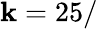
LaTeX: \mathbf{k}=25/